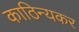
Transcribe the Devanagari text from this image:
काठिन्यकर